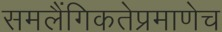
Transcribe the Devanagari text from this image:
समलैंगिकतेप्रमाणेच